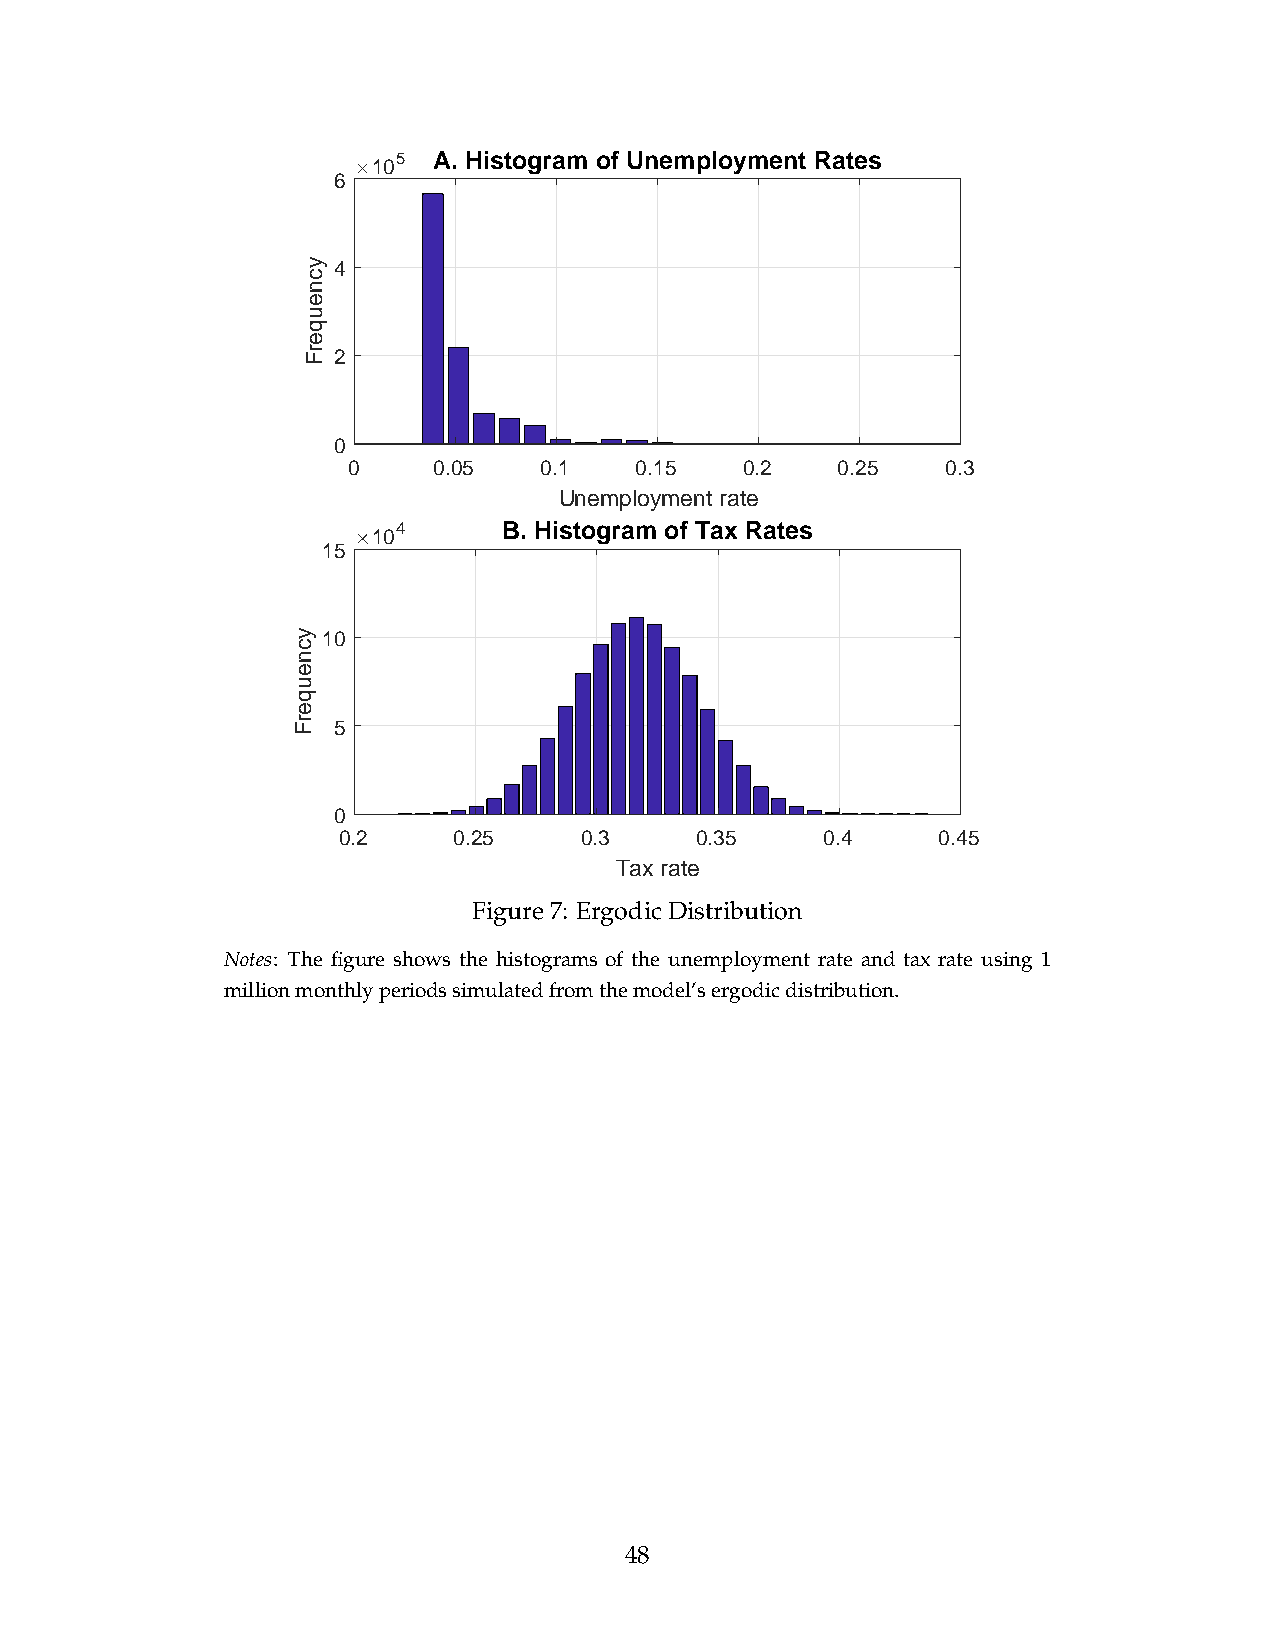
5  A. Histogram of Unemployment Rates
 10
 6
 4
 2
 0
 0     0.05   0.1   0.15   0.2    0.25   0.3
 Unemployment rate
 4      B. Histogram of Tax Rates
 10
 15
 10
 5
 0
 0.2     0.25     0.3    0.35     0.4    0.45
 Tax rate
 Figure7: ErgodicDistribution
 Notes: The figure shows the histograms of the unemployment rate and tax rate using 1
 millionmonthlyperiodssimulatedfromthemodel’sergodicdistribution.
 48
 ycneuqerF
 ycneuqerF